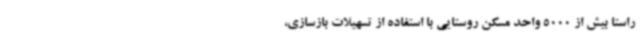
راستا بیش از 5000 واحد مسکن روستایی با استفاده از تسهیلات بازسازی،